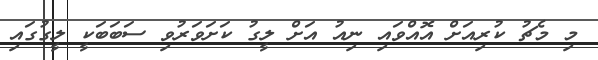
މި މެޗު ކުރިއަށް އޮއްވައި ނިއު އަށް ލީގު ކަށަވަރުވި ސަބަބަކީ ލީގުގައި